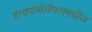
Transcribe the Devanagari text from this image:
हायपोथॅलॅमसमधील